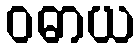
ဝဓာယ